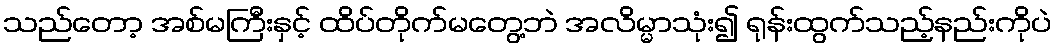
သည်တော့ အစ်မကြီးနှင့် ထိပ်တိုက်မတွေ့ဘဲ အလိမ္မာသုံး၍ ရုန်းထွက်သည့်နည်းကိုပဲ